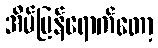
အိမ်ပြန်ရောက်တော့